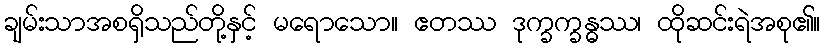
ချမ်းသာအစရှိသည်တို့နှင့် မရောသော။ ဧတဿ ဒုက္ခက္ခန္ဓဿ၊ ထိုဆင်းရဲအစု၏။